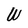
Character: W